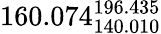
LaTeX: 160.074_{140.010}^{196.435}